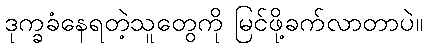
ဒုက္ခခံနေရတဲ့သူတွေကို မြင်ဖို့ခက်လာတာပဲ။